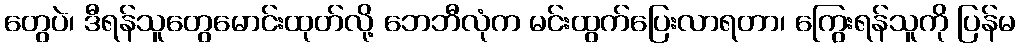
တွေပဲ၊ ဒီရန်သူတွေမောင်းထုတ်လို့ ဘေဘီလုံက မင်းထွက်ပြေးလာရတာ၊ ကြွေးရန်သူကို ပြန်မ